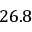
2 6 . 8